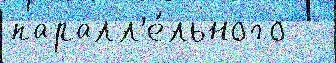
паралл'е́льного